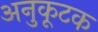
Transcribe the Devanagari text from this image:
अनुकूटक